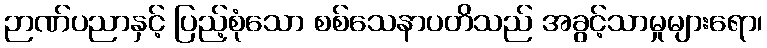
ဉာဏ်ပညာနှင့် ပြည့်စုံသော စစ်သေနာပတိသည် အခွင့်သာမှုများရော၊